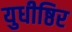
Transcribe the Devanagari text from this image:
युधीष्ठिर